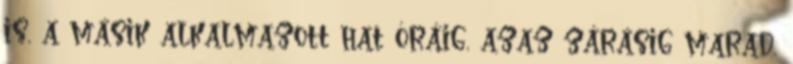
is, a másik alkalmazott hat óráig, azaz zárásig marad,